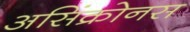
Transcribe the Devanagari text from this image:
असिंक्रोनस